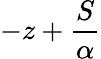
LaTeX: -z+\frac{S}{\alpha}